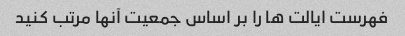
فهرست ایالت ها را بر اساس جمعیت آنها مرتب کنید